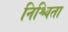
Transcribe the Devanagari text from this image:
निश्चिता